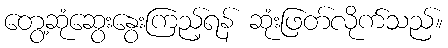
တွေ့ဆုံဆွေးနွေးကြည့်ရန် ဆုံးဖြတ်လိုက်သည်။